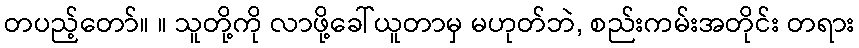
တပည့်တော်။ ။ သူတို့ကို လာဖို့ခေါ်ယူတာမှ မဟုတ်ဘဲ, စည်းကမ်းအတိုင်း တရား